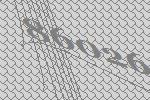
86026